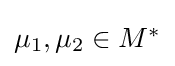
{\textstyle \mu _{1},\mu _{2}\in M^{\ast }}